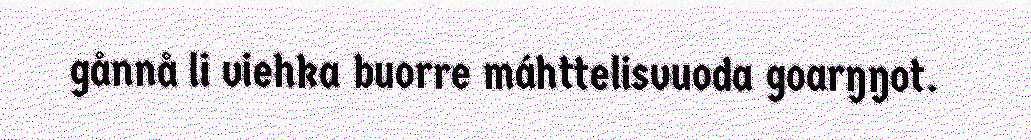
gånnå li viehka buorre máhttelisvuoda goarŋŋot.